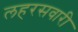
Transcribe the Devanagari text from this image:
लहरसवारी